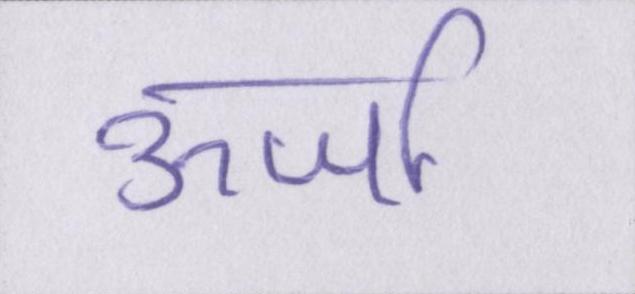
ऊर्जा